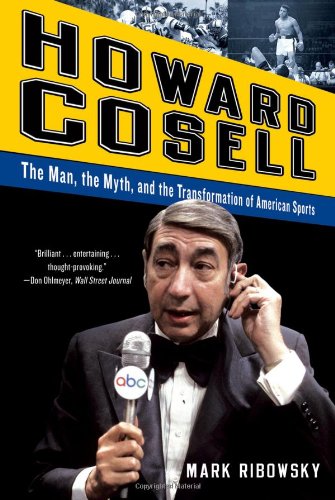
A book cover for Howard Cosell: The Man, the Myth, and the Transformation of American Sports; Mark Ribowsky; Sports & Outdoors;